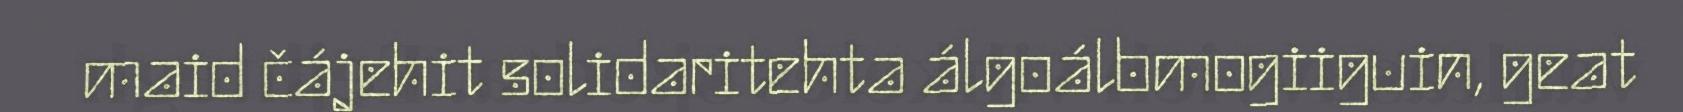
maid čájehit solidaritehta álgoálbmogiiguin, geat